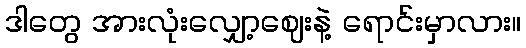
ဒါတွေ အားလုံးလျှော့ဈေးနဲ့ ရောင်းမှာလား။